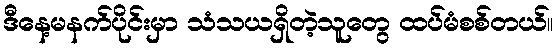
ဒီနေ့မနက်ပိုင်းမှာ သံသယရှိတဲ့သူတွေ ထပ်မံစစ်တယ်။